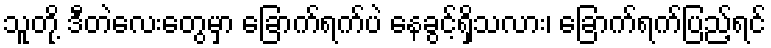
သူတို့ ဒီတဲလေးတွေမှာ ခြောက်ရက်ပဲ နေခွင့်ရှိသလား၊ ခြောက်ရက်ပြည့်ရင်